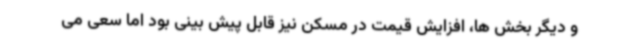
و دیگر بخش ها، افزایش قیمت در مسکن نیز قابل پیش بینی بود اما سعی می